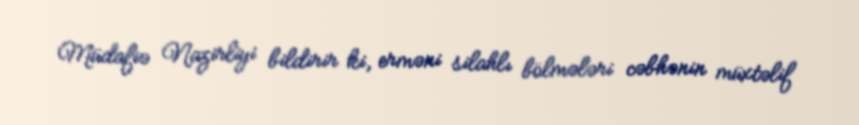
Müdafiə Nazirliyi bildirir ki, erməni silahlı bölmələri cəbhənin müxtəlif